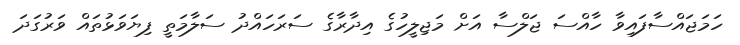
ހަމަޖައްސާފައިވާ ހާއްސަ ޖަލްސާ އަށް މަޖިލީހުގެ އިދާރާގެ ސަރަހައްދު ސަލާމަތީ ފިޔަވަޅުތައް ވަރުގަދަ